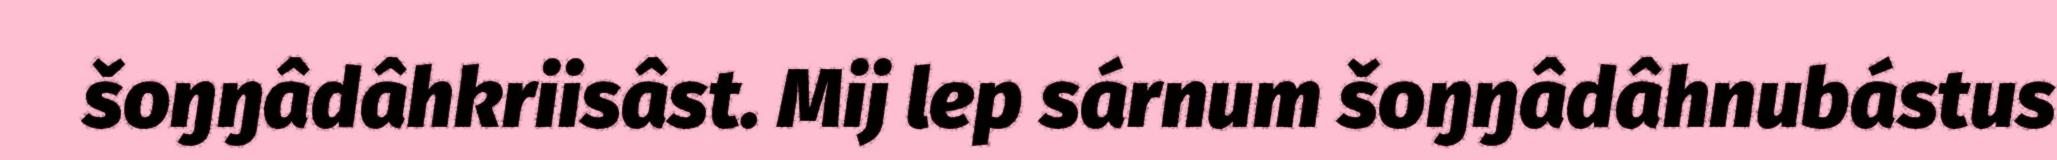
šoŋŋâdâhkriisâst. Mij lep sárnum šoŋŋâdâhnubástus